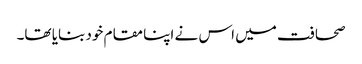
صحافت میں اس نے اپنا مقام خود بنایا تھا۔